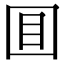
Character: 𡇌